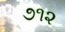
૭૧૨